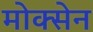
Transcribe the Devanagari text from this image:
मोक्सेन